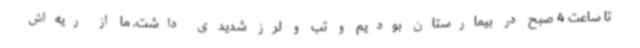
تا ساعت 4 صبح در بیمارستان بودیم و تب و لرز شدیدی داشت. ما از ریه‌اش